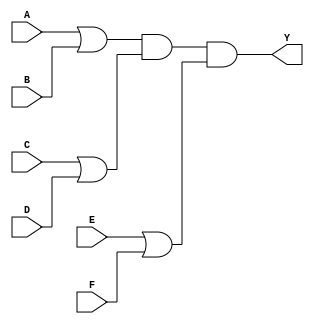
module pos_simplification (
    input wire A,  // Input variable A
    input wire B,  // Input variable B
    input wire C,  // Input variable C
    input wire D,  // Input variable D
    input wire E,  // Input variable E
    input wire F,  // Input variable F
    output wire Y  // Output variable Y
);

// Intermediate signals for the sum terms
wire sum_term1; // Represents (A + B)
wire sum_term2; // Represents (C + D)
wire sum_term3; // Represents (E + F)

// Sum terms using OR gates
assign sum_term1 = A | B;  // First sum term (A + B)
assign sum_term2 = C | D;  // Second sum term (C + D)
assign sum_term3 = E | F;  // Third sum term (E + F)

// Final output Y using AND gate for the product of the sum terms
assign Y = sum_term1 & sum_term2 & sum_term3; // Y = (A + B)(C + D)(E + F)

endmodule